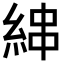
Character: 𦀵